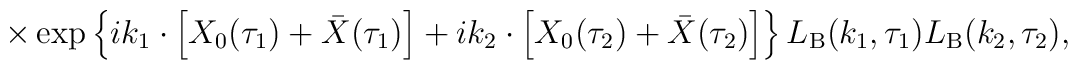
\times\exp\left\{i{k_1}\cdot\left[{X_0}({\tau_1})+\bar{X}({\tau_1})\right]+i{k_2}\cdot\left[{X_0}({\tau_2})+\bar{X}({\tau_2})\right]\right\}{L_{\mbox{\scriptsize B}}}({k_1},{\tau_1}){L_{\mbox{\scriptsize B}}}({k_2},{\tau_2}),